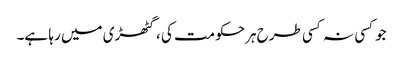
جوکسی نہ کسی طرح ہرحکومت کی ، گٹھڑی میں رہا ہے۔